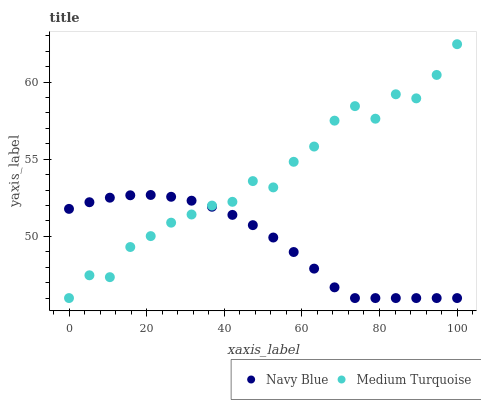
| xaxis_label | Navy Blue | Medium Turquoise |
 | --- | --- | --- |
 | 0 | 51.8 | 46 |
 | 5.26 | 52.2 | 47.5 |
 | 10.5 | 52.5 | 47.4 |
 | 15.8 | 52.7 | 49.3 |
 | 21.1 | 52.7 | 50 |
 | 26.3 | 52.6 | 50.9 |
 | 31.6 | 52.3 | 51.4 |
 | 36.8 | 51.9 | 52 |
 | 42.1 | 51.4 | 52.2 |
 | 47.4 | 50.7 | 53.6 |
 | 52.6 | 49.9 | 53.2 |
 | 57.9 | 49 | 54.8 |
 | 63.2 | 47.9 | 55.8 |
 | 68.4 | 46.7 | 57.5 |
 | 73.7 | 46 | 58.4 |
 | 78.9 | 46 | 57.6 |
 | 84.2 | 46 | 59.2 |
 | 89.5 | 46 | 58.9 |
 | 94.7 | 46 | 60.5 |
 | 100 | 46 | 62.5 |